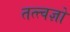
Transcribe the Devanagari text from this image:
तत्त्वज्ञो